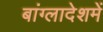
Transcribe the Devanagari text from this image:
बांग्लादेशमें